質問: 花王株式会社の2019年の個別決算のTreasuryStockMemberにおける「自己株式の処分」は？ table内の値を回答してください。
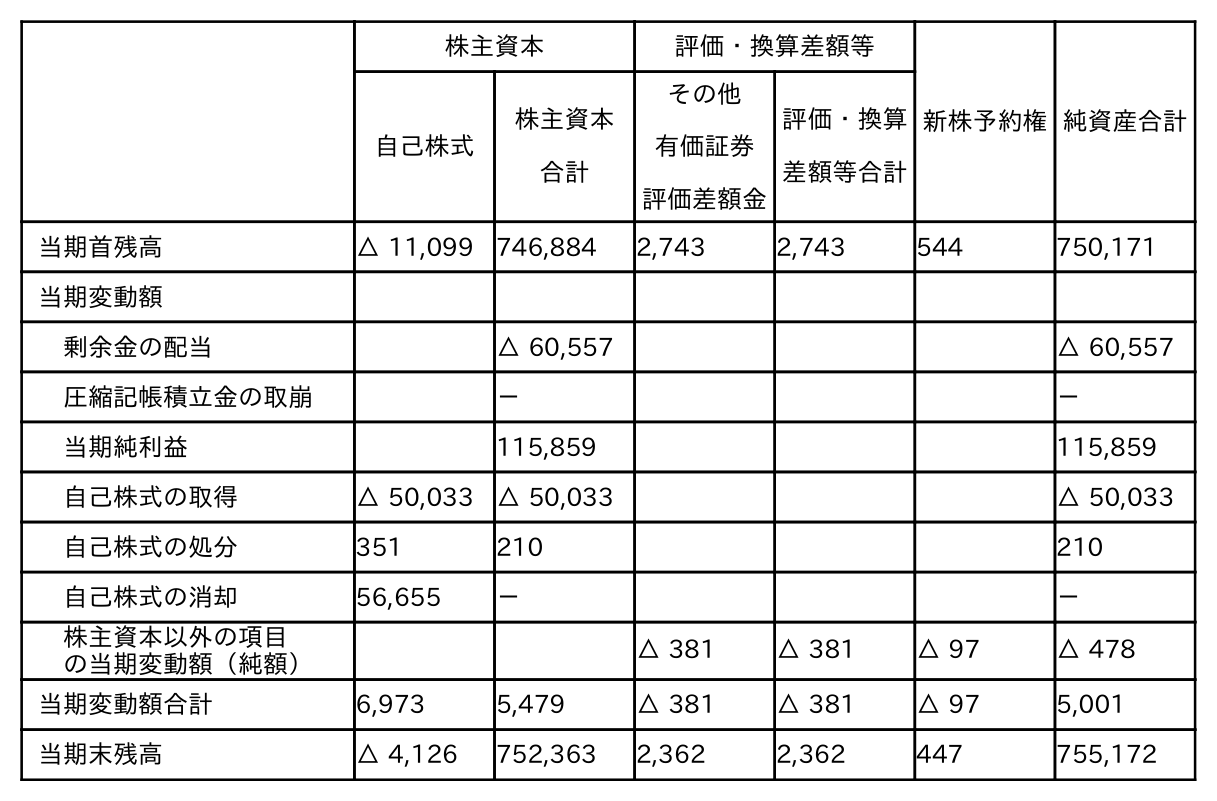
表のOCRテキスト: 株主資本 評価・換算差額等 新株予約権純資産合計 自己株式 株主資本 合計 その他 有価証券 評価差額金 評価・換算 差額等合計 当期首残高 △ 11,099 746,884 2,743 2,743 544 750,171 当期変動額 剰余金の配当 △ 60,557 △ 60,557 圧縮記帳積立金の取崩 － － 当期純利益 115,859 115,859 自己株式の取得 △ 50,033 △ 50,033 △ 50,033 自己株式の処分 351 210 210 自己株式の消却 56,655 － － 株主資本以外の項目 の当期変動額（純額） △ 381 △ 381 △ 97 △ 478 当期変動額合計 6,973 5,479 △ 381 △ 381 △ 97 5,001 当期末残高 △ 4,126 752,363 2,362 2,362 447 755,172
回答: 351